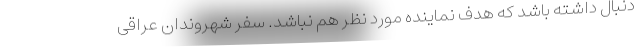
دنبال داشته باشد که هدف نماینده مورد نظر هم نباشد. سفر شهروندان عراقی